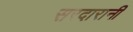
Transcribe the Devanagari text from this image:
सरदारानी